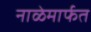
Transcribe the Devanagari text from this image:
नाळेमार्फत